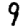
Digit: 9